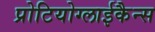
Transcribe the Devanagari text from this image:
प्रोटियोग्लाईकैन्स